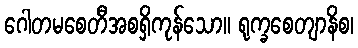
ဂေါတမစေတီအစရှိကုန်သော။ ရုက္ခစေတျာနိစ၊